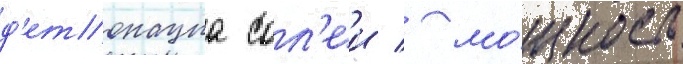
д'етонациа сол'еи / мо́щность